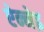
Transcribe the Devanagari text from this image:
ऐन्नेइ